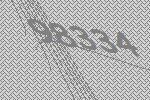
98334